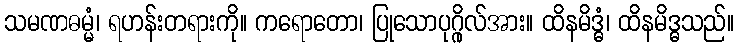
သမဏဓမ္မံ၊ ရဟန်းတရားကို။ ကရောတော၊ ပြုသောပုဂ္ဂိုလ်အား။ ထိနမိဒ္ဓံ၊ ထိနမိဒ္ဓသည်။